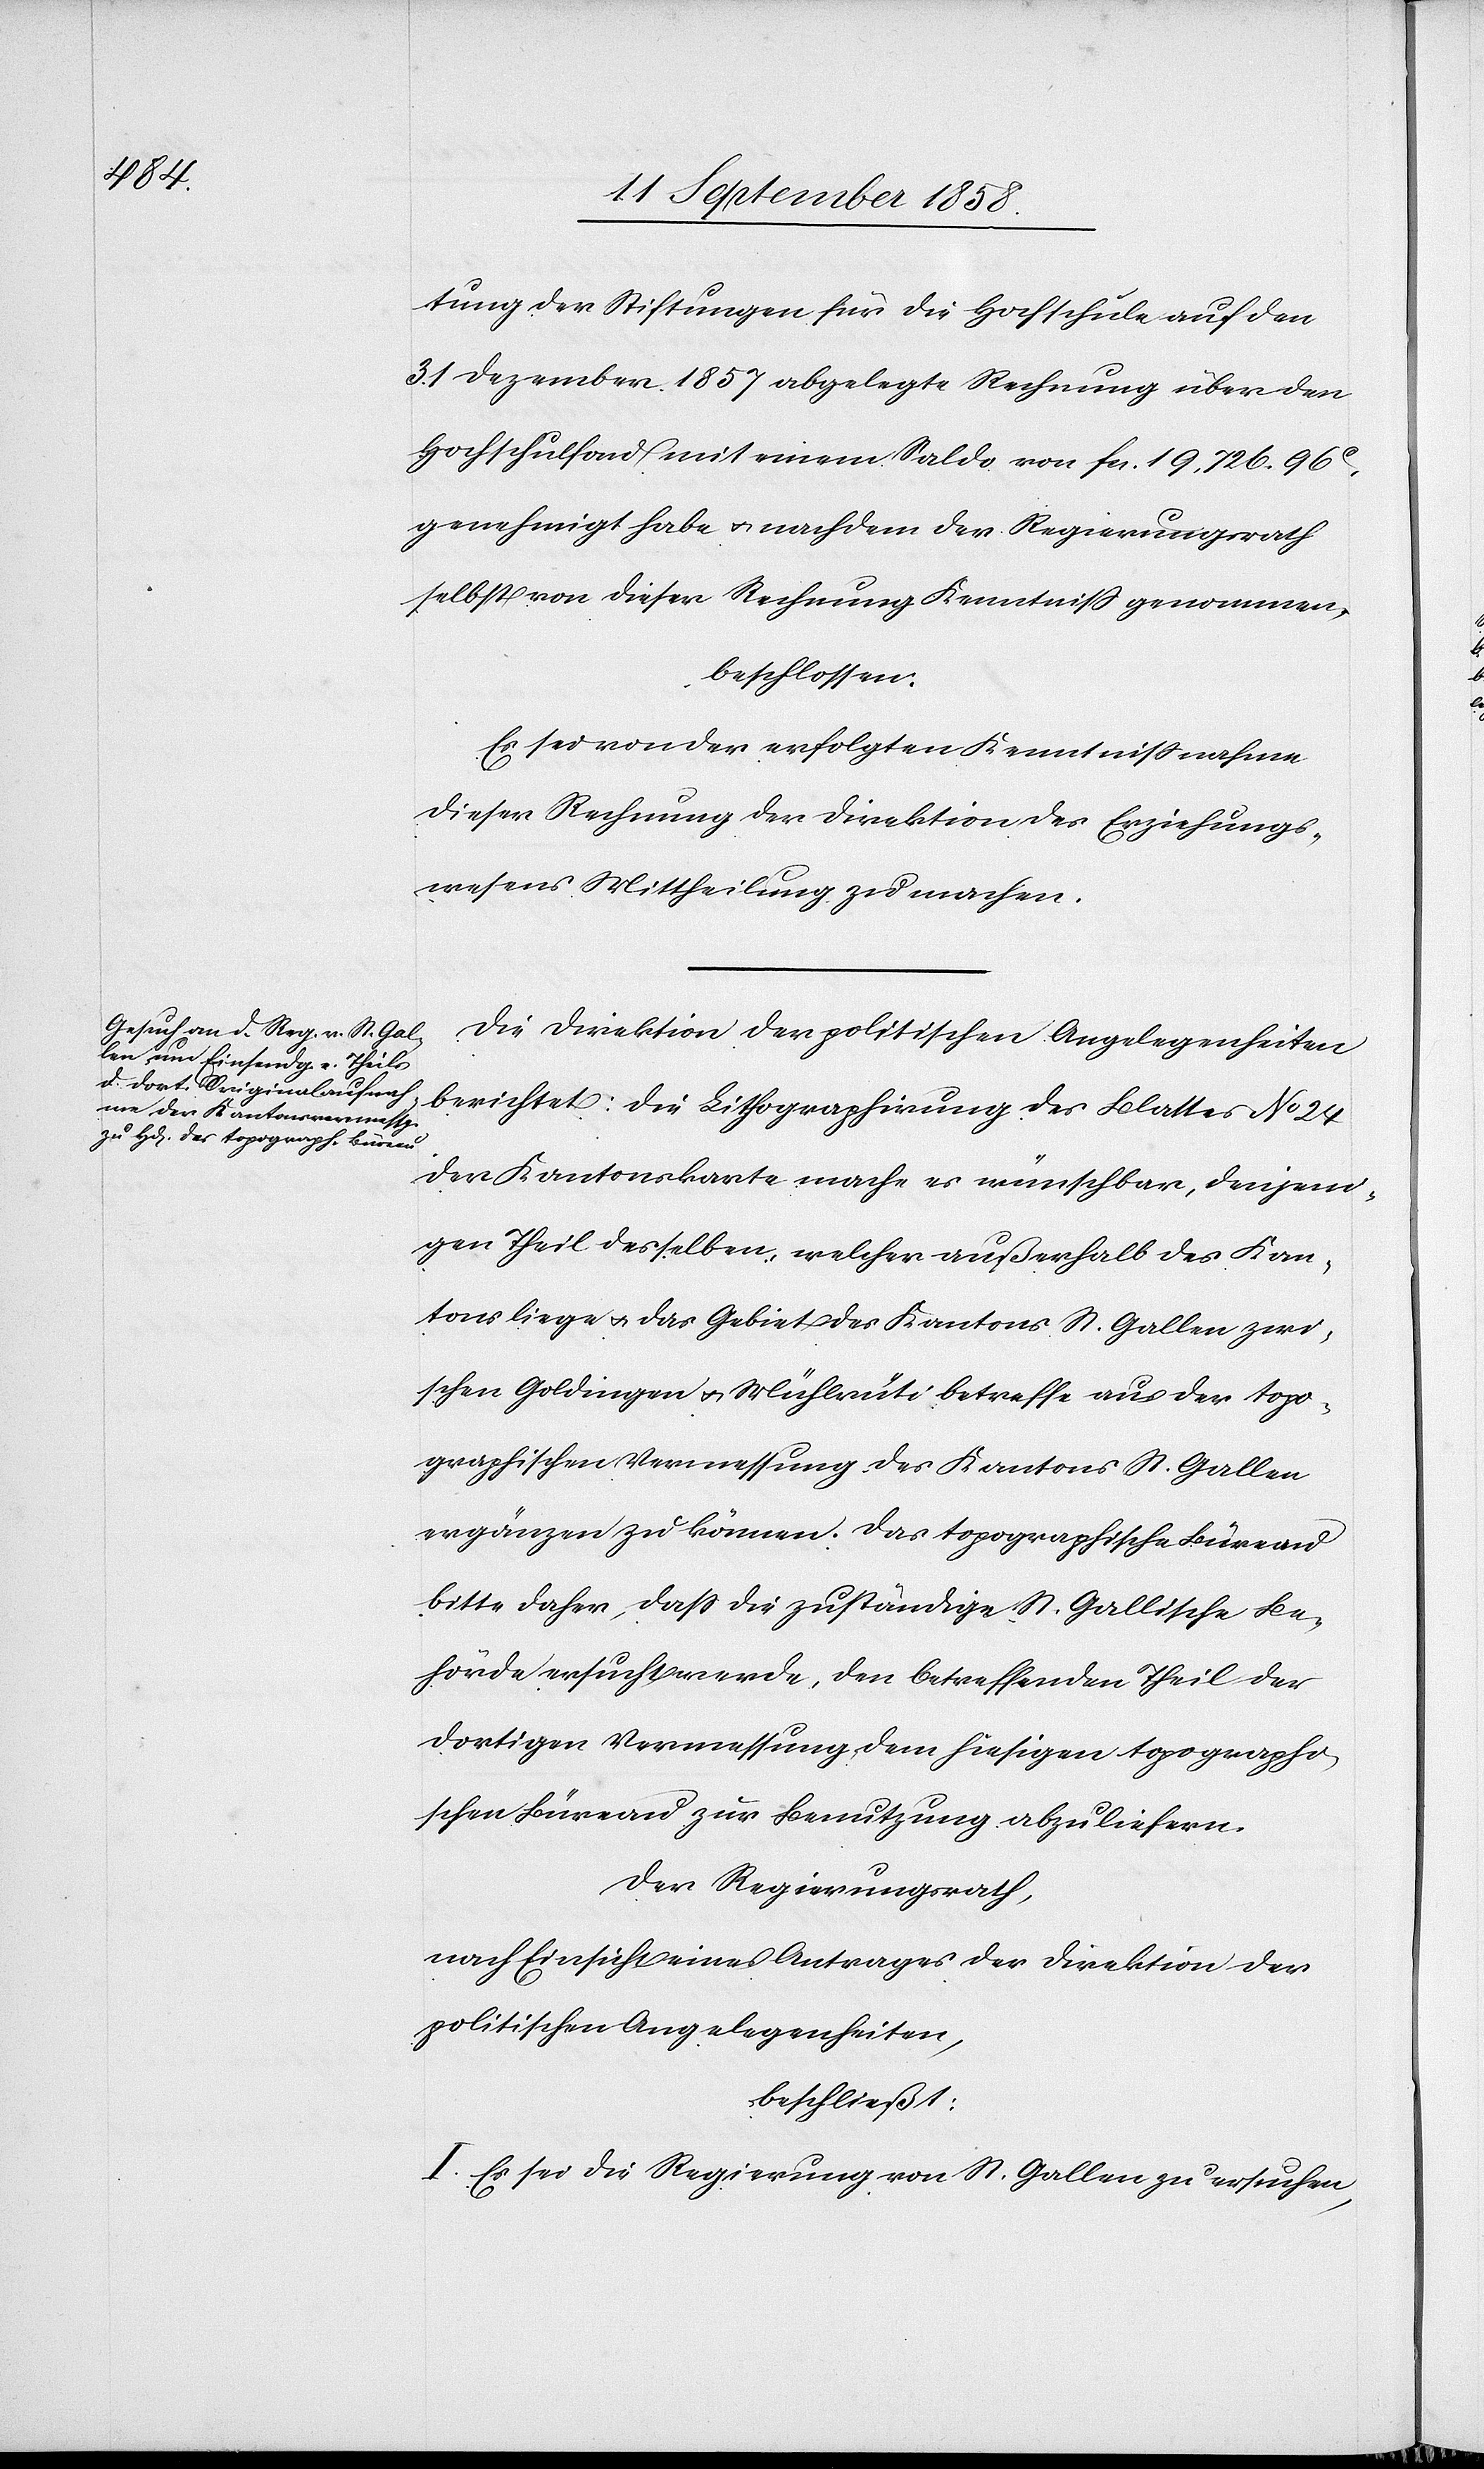
Blattes
tung der Stiftungen für die Hochschule auf den
31 Dezember 1857 abgelegte Rechnung über den
Hochschulfond mit einem Saldo von fcs. 19,726. 96C.
genehmigt habe & nachdem der Regierungsrath
selbst von dieser Rechnung Kenntniss genommen,
beschlossen:
Es sei von der erfolgten Kenntnissnahme
dieser Rechnung der Direktion des Erziehungs¬
wesens Mittheilung zu machen.
Die Direktion der politischen Angelegenheiten
der Kantonskarte mache es wünschbar, denjeni¬
gen Theil desselben, welcher außerhalb des Kan¬
tons liege & das Gebiet des Kantons St. Gallen zwi¬
schen Goldingen & Mühlrüti betreffe aus der topo¬
graphischen Vermessung des Kantons St. Gallen
ergänzen zu können. Das topographische Büreau
bitte daher, dass die zuständige St. Gallische Be¬
hörde ersucht werde, den betreffenden Theil der
dortigen Vermessung dem hiesigen topographi¬
schen Büreau zur Benutzung abzuliefern.
Der Regierungsrath,
nach Einsicht eines Antrages der Direktion der
politischen Angelegenheiten,
beschließt:
I. Es sei die Regierung von St. Gallen zu ersuchen,